Civil Veterinary Dept. Bombay admin report 1932-41 - 1932-1941
Year: 1932
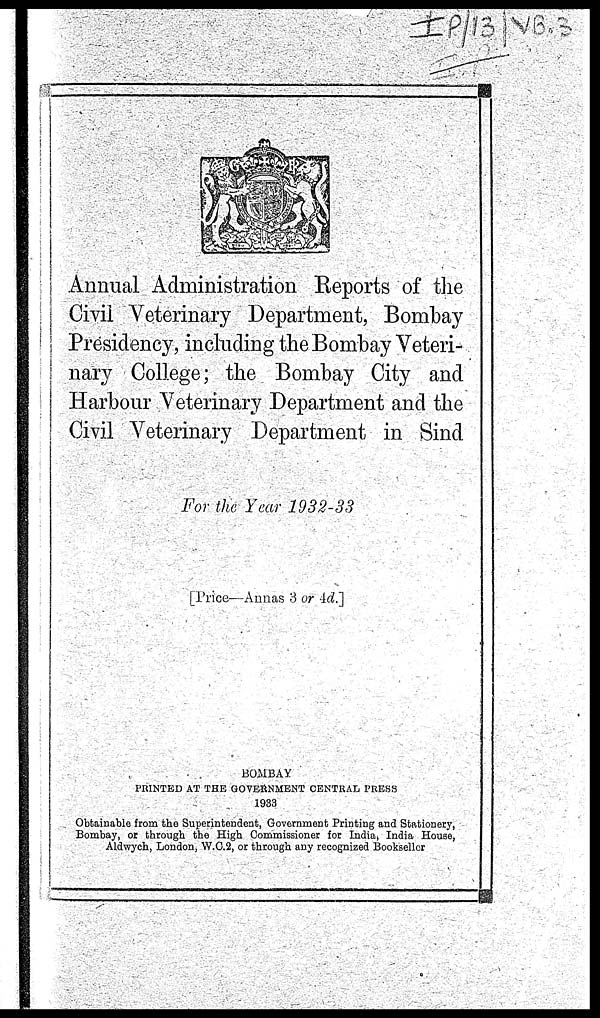
Annual Administration Reports of the
Civil Veterinary Department, Bombay
Presidency, including the Bombay Veteri-
nary College; the Bombay City and
Harbour Veterinary Department and the
Civil Veterinary Department in Sind
For the Year 1932-33
[Price—Annas 3 or 4d.]
BOMBAY
PRINTED AT THE GOVERNMENT CENTRAL PRESS
1933
Obtainable from the Superintendent, Government Printing and Stationery,
Bombay, or through the High Commissioner for India, India House,
Aldwych, London, W.C.2, or through any recognized Bookseller